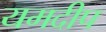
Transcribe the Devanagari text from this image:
यमदीप